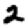
Digit: 2